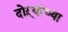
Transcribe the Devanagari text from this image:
दोऱ्यांच्या